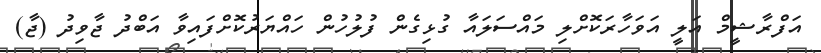
އަފްރާޝީމް އަލީ އަވަހާރަކޮށްލި މައްސަލައާ ގުޅިގެން ފުލުހުން ހައްޔަރުކޮށްފައިވާ އަބްދު ޖާވިދު (ޖާ)